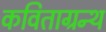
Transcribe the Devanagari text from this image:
कविताग्रन्थ